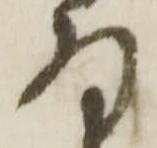
存